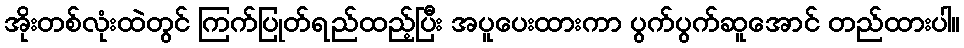
အိုးတစ်လုံးထဲတွင် ကြက်ပြုတ်ရည်ထည့်ပြီး အပူပေးထားကာ ပွက်ပွက်ဆူအောင် တည်ထားပါ။